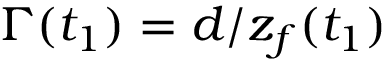
\Gamma ( t _ { 1 } ) = d / z _ { f } ( t _ { 1 } )